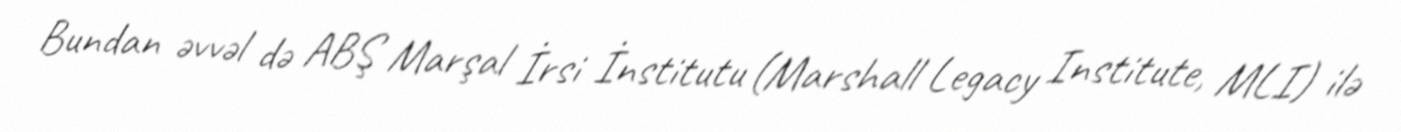
Bundan əvvəl də ABŞ Marşal İrsi İnstitutu (Marshall Legacy Institute, MLI) ilə